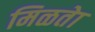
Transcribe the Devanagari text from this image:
मिळतेा